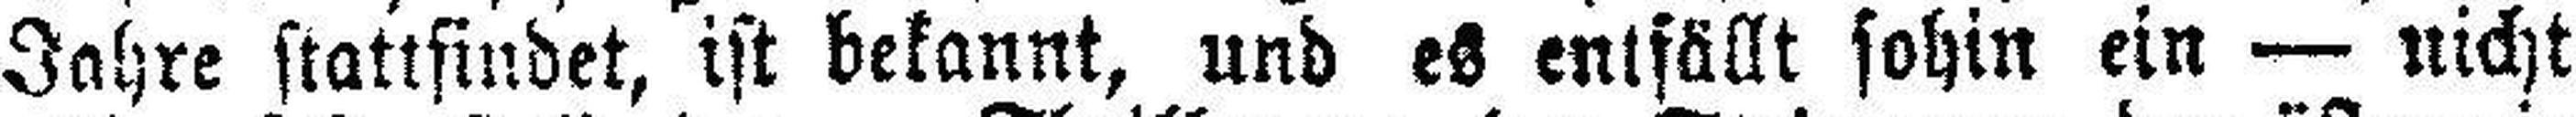
Jahre stattfindet, ist bekannt, und es entfällt sohin ein — nicht